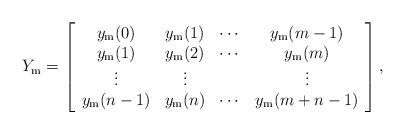
LaTeX: \begin{align*} Y_\mathrm m = \left[\begin{array}{ccccc} y_\mathrm{m}(0) & y_\mathrm{m} (1) & \cdots & y_\mathrm{m}(m-1) \\ y_\mathrm{m}(1) & y_\mathrm{m} (2) & \cdots & y_\mathrm{m}(m) \\ \vdots & \vdots & & \vdots \\ y_\mathrm{m}(n-1) & y_\mathrm{m} (n) & \cdots & y_\mathrm{m}(m+n-1) \end{array}\right],\end{align*}